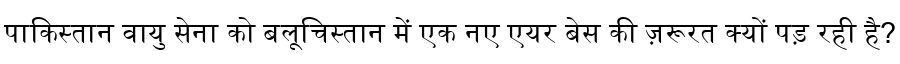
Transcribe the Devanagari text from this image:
पाकिस्तान वायु सेना को बलूचिस्तान में एक नए एयर बेस की ज़रूरत क्यों पड़ रही है?